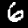
Digit: 6